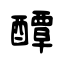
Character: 醰